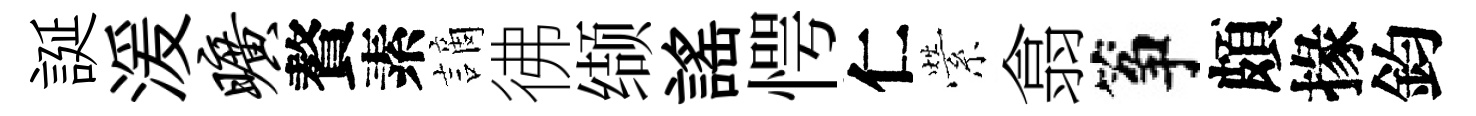
誕湲旷贅素謫彿缬謡愕仁縈翕筝頗掾鈞